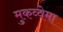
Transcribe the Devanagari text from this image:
मुकव्वेमा